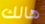
هالك